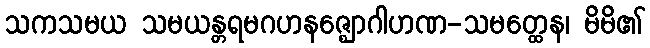
သကသမယ သမယန္တရမဂဟနဇ္ဈောဂါဟဏ-သမတ္ထေန၊ မိမိ၏